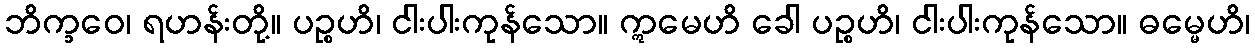
ဘိက္ခဝေ၊ ရဟန်းတို့။ ပဉ္စဟိ၊ ငါးပါးကုန်သော။ ဣမေဟိ ခေါ ပဉ္စဟိ၊ ငါးပါးကုန်သော။ ဓမ္မေဟိ၊